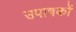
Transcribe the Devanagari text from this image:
उपाषकों